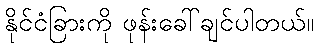
နိုင်ငံခြားကို ဖုန်းခေါ်ချင်ပါတယ်။